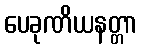
ပေခုဏိယနတ္တာ